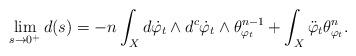
LaTeX: \begin{align*}\lim_{s\to 0^+}d(s)=-n\int_X d\dot{\varphi}_{t}\wedge d^c \dot{\varphi}_{t} \wedge \theta_{\varphi_t}^{n-1} + \int_X \ddot{\varphi}_{t}\theta_{\varphi_t}^n. \end{align*}